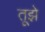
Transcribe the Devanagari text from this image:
तूझे